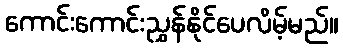
ကောင်းကောင်းညွှန်နိုင်ပေလိမ့်မည်။